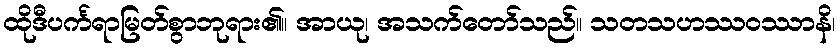
ထိုဒီပင်္ကရာမြတ်စွာဘုရား၏။ အာယု၊ အသက်တော်သည်။ သတသဟဿဝဿာနိ၊